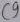
Text: C9